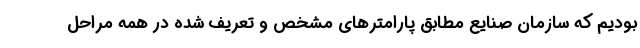
بودیم که سازمان صنایع مطابق پارامترهای مشخص و تعریف شده در همه مراحل